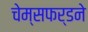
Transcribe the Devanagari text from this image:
चेम्सफर्डने